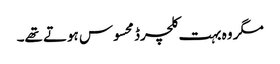
مگر وہ بہت کلچرڈ محسوس ہوتے تھے۔